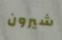
شيرون